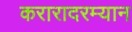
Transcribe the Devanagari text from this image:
करारादरम्यान